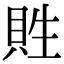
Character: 貹